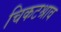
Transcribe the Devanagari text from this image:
चिकटश्राव